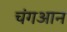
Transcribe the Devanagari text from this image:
चंगआन